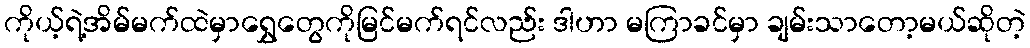
ကိုယ့်ရဲ့အိမ်မက်ထဲမှာရွှေတွေကိုမြင်မက်ရင်လည်း ဒါဟာ မကြာခင်မှာ ချမ်းသာတော့မယ်ဆိုတဲ့